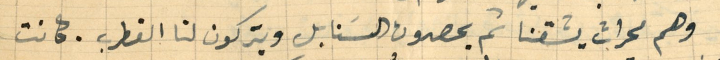
وهم محراث يشقنا ثم يحصدون السنابل ويتركون لنا القطرب. كانت